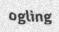
ogling